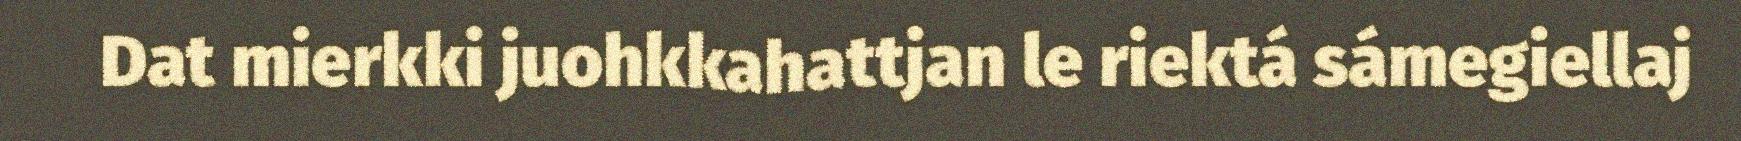
Dat mierkki juohkkahattjan le riektá sámegiellaj